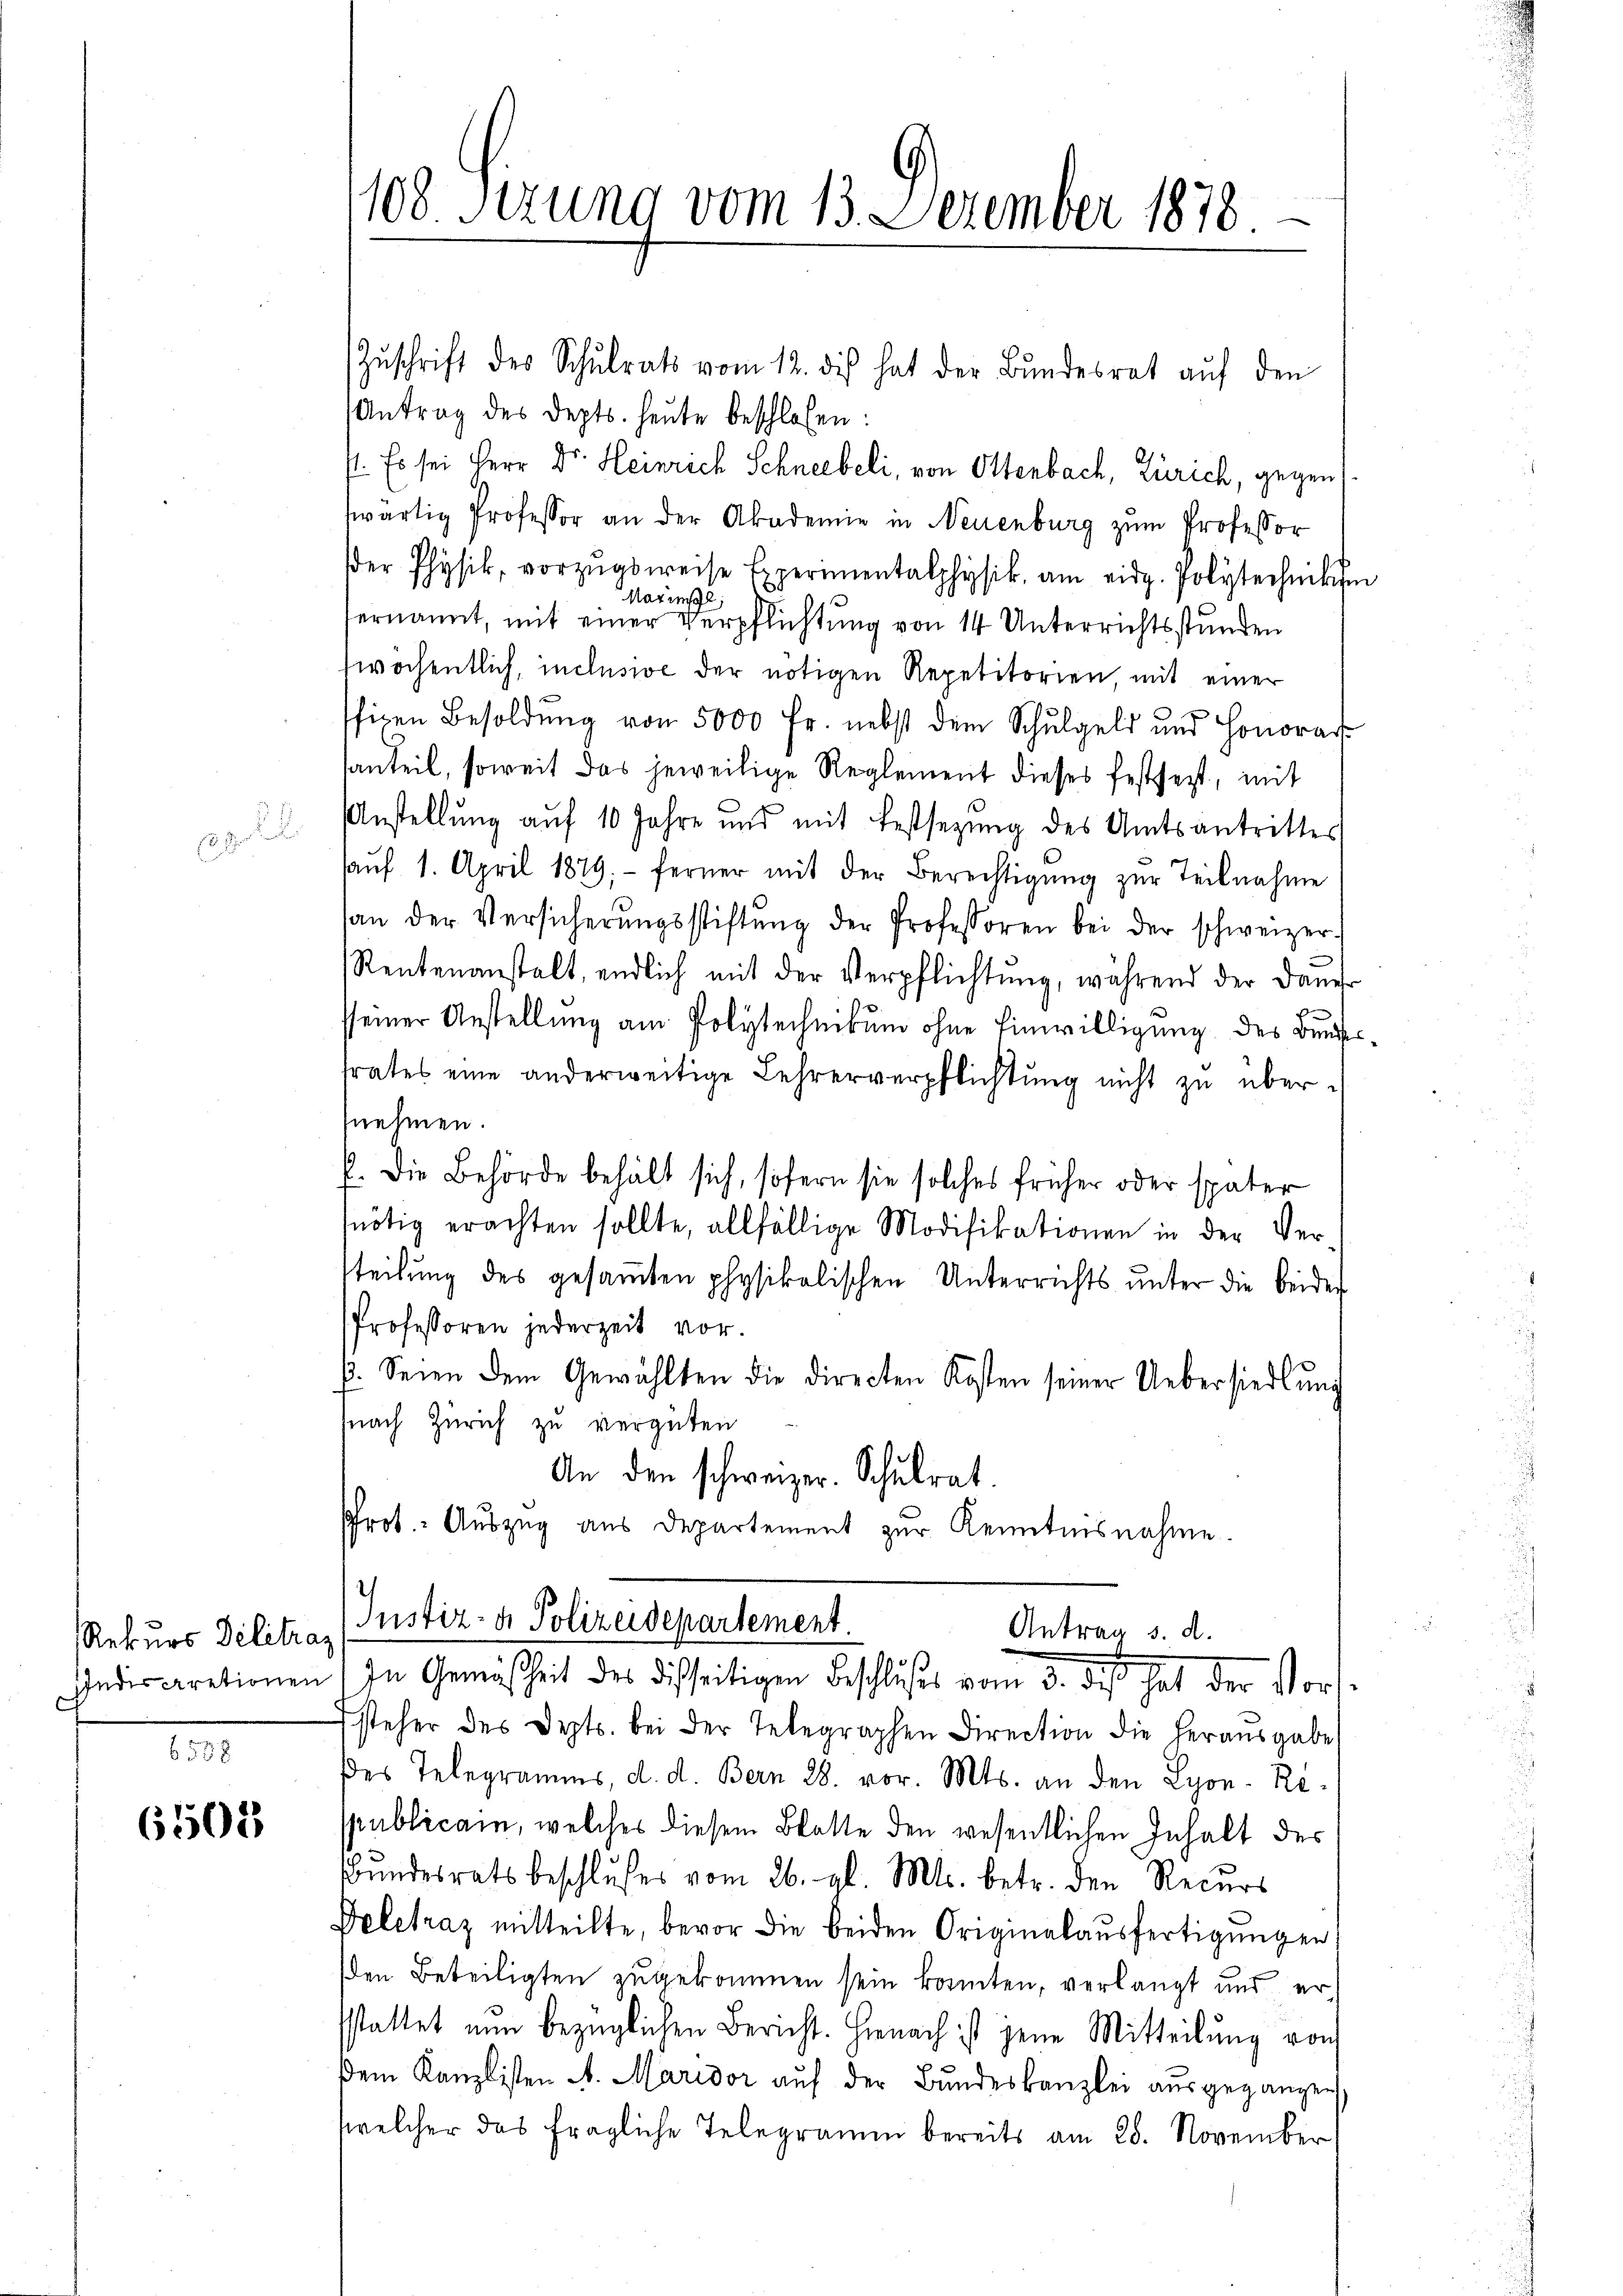
Rekurs délitra
Indiscretionen

6501

108. Sizung vom 13. Dezember 1878.

Zŭschrift des Schulrats vom 12. die hat der Bundesrat auf den
Antrag des Depts. heute beschlossen:
p. Es sei Herr Dr. Heinrich Schneebeli, von Ottenbach, Zürich, gegen
wärtig Professor an der Akademie in Neuenburg zum Professor
der Physik, vorzugsweise Experimentalphysik, am eidg. Polytechniken
Mazinse
ernannt, mit einer Verpflichtung von 14 Unterrichtsstunden
wochentlich, inclusive der nötigen Repetitorien mit einer
sfizen Besoldŭng von 5000 Fr. nebst dem Schŭlgeld und Honorar
santeil, soweit das jeweilige Reglement dieses festsezt, mit
Anstellung aŭf 10 Jahre und mit Festsezung des Amtsantrittes
aŭf 1. April 1879; ferner mit der Berechtigŭng zŭr Teilnahme
an der Versicherŭngsstiftŭng der Professoren bei der schweizer
Rentenanstalt, endlich mit der Verpflichtung, während der Dauer
sseiner Anstellung am Polytechnikum ohne Einwilligung des Bunde
trates eine anderweitige Lehrerverpflichtŭng nicht zŭ über-
nehmen.
k. Die Behörde behält sich, sofern sie solches früher oder später
snötig erachten sollte, allfällige Modifikationen in der Ver
tteilung des gesammten physikalischen Unterrichts unter die beider
Professoren jederzeit vor.
p. Seien dem Gewählten die directen Kosten seiner Uebersiedlung
snach Zürich zu vergüten
An den schweizer. Schulrat
Prot. Auszug aus Departement zur Kenntnisnahme.
(Justiz- & Polizeidepartement.
Antrag d. d.
) In Gemäßheit des desseitigen Beschlußes d. das hat der Vorssteher des Depts. bei der Telegraphen Direction die herausgabe
des Telegramms, d. d. Bern 28. vor. Mts. an den Lyon-Ri-
spublicain, welches diesem Blatte den wesentlichen Inhalt des
Bundesrats beschlußes vom 26. gl. Mts. betr. den Recurs
Deletraz mitteilte, bevor die beiden Originalaŭsfertigungen
den Beteiligten zugekommen sein konnten, verlangt und er
sstattet nun bezüglichen Bericht. Hienach ist jene Mitteilung von
dem Kanzlisten A. Maridor aŭf der Bŭndeskanzlei aŭsgegangen.
welcher das fragliche Telegramm bereits am 28. November

.